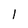
Character: I